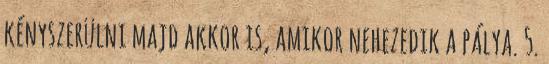
kényszerülni majd akkor is, amikor nehezedik a pálya. 5.